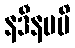
နဒီနမပိ